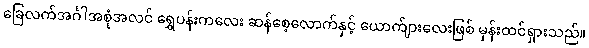
ခြေလက်အင်္ဂါအစုံအလင် ရွှေပန်းကလေး ဆန်စေ့လောက်နှင့် ယောက်ျားလေးဖြစ် မှန်းထင်ရှားသည်။